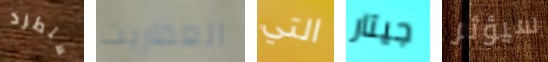
ستطرد العفاريت التي جيتار سيؤثر